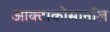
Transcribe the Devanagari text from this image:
आक्टाकोसानॉल